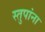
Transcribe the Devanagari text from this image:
स्तुपांना